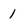
Character: 1